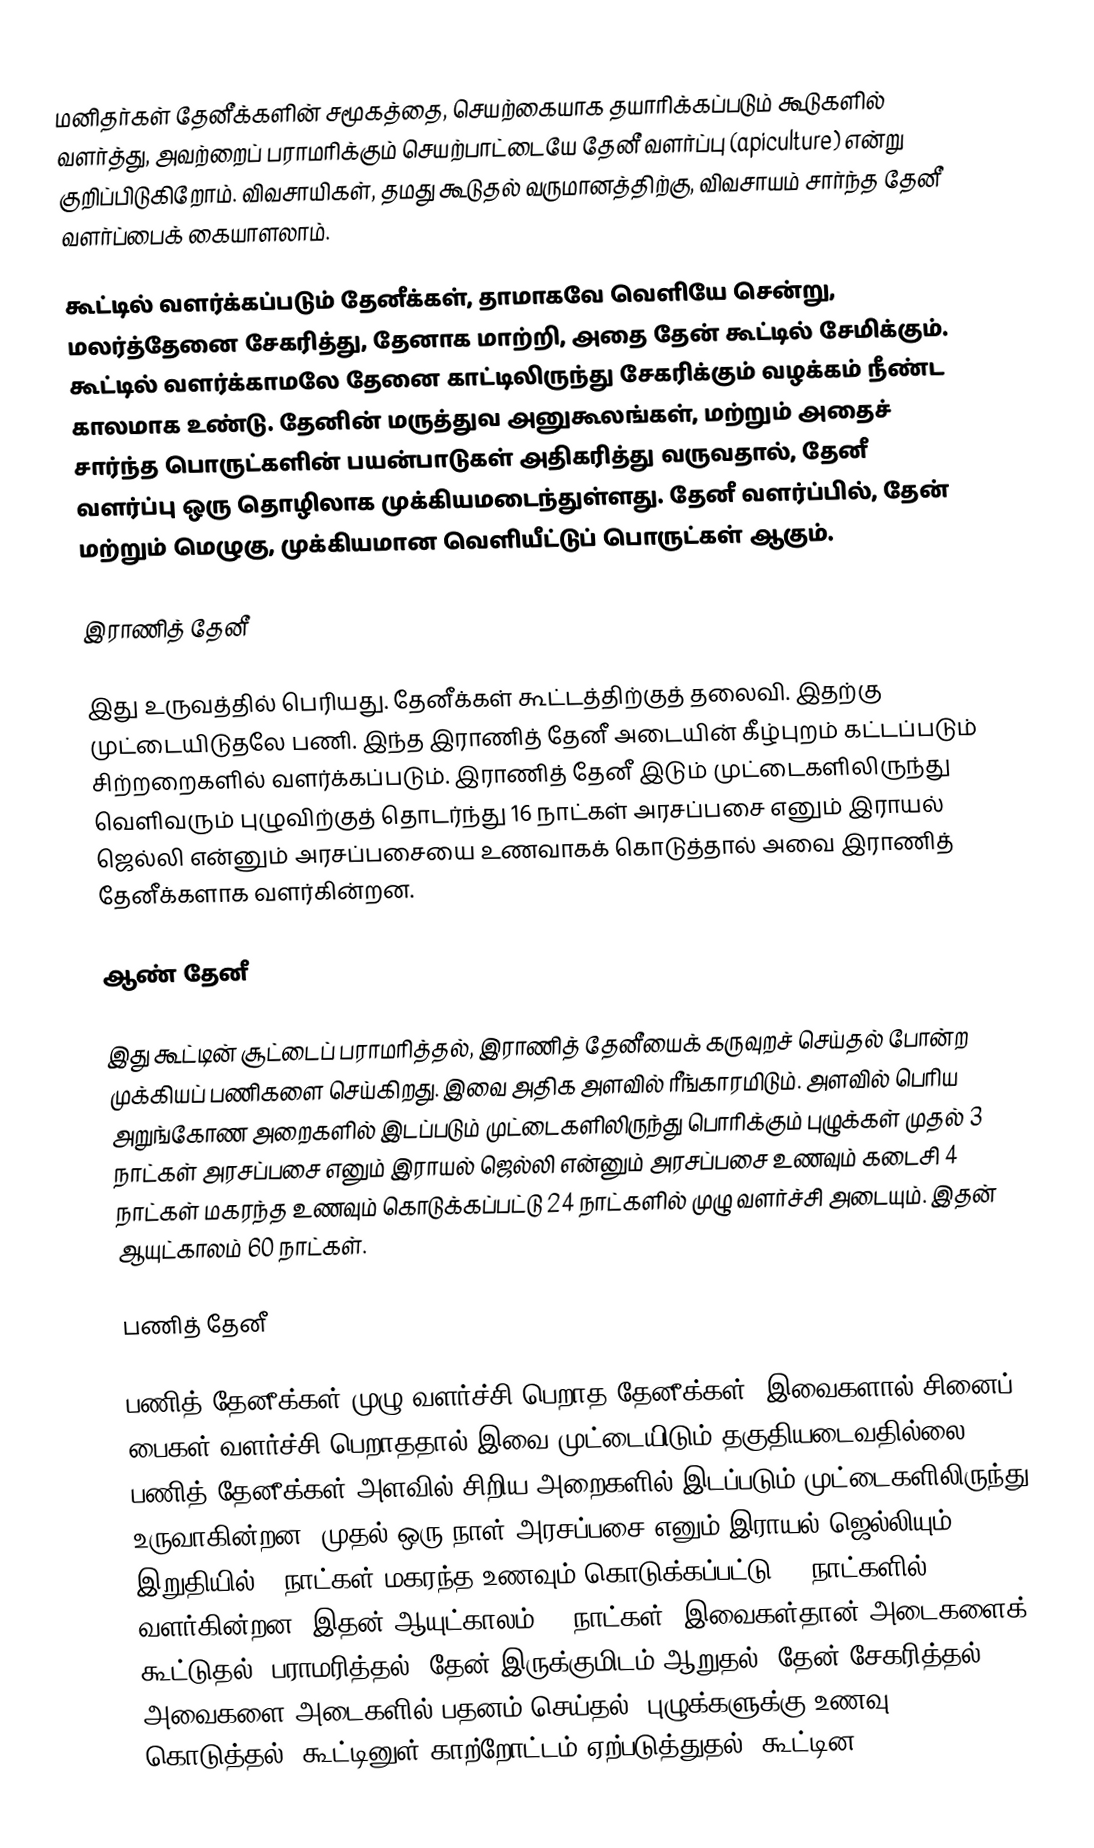
மனிதர்கள் தேனீக்களின் சமூகத்தை, செயற்கையாக தயாரிக்கப்படும் கூடுகளில் வளர்த்து, அவற்றைப் பராமரிக்கும் செயற்பாட்டையே தேனீ வளர்ப்பு (apiculture) என்று குறிப்பிடுகிறோம். விவசாயிகள், தமது கூடுதல் வருமானத்திற்கு, விவசாயம் சார்ந்த தேனீ வளர்ப்பைக் கையாளலாம்.

கூட்டில் வளர்க்கப்படும் தேனீக்கள், தாமாகவே வெளியே சென்று, மலர்த்தேனை சேகரித்து, தேனாக மாற்றி, அதை தேன் கூட்டில் சேமிக்கும். கூட்டில் வளர்க்காமலே தேனை காட்டிலிருந்து சேகரிக்கும் வழக்கம் நீண்ட காலமாக உண்டு. தேனின் மருத்துவ அனுகூலங்கள், மற்றும் அதைச் சார்ந்த பொருட்களின் பயன்பாடுகள் அதிகரித்து வருவதால், தேனீ வளர்ப்பு ஒரு தொழிலாக முக்கியமடைந்துள்ளது. தேனீ வளர்ப்பில், தேன் மற்றும் மெழுகு, முக்கியமான வெளியீட்டுப் பொருட்கள் ஆகும்.

இராணித் தேனீ

இது உருவத்தில் பெரியது. தேனீக்கள் கூட்டத்திற்குத் தலைவி. இதற்கு முட்டையிடுதலே பணி. இந்த இராணித் தேனீ அடையின் கீழ்புறம் கட்டப்படும் சிற்றறைகளில் வளர்க்கப்படும். இராணித் தேனீ இடும் முட்டைகளிலிருந்து வெளிவரும் புழுவிற்குத் தொடர்ந்து 16 நாட்கள் அரசப்பசை எனும் இராயல் ஜெல்லி என்னும் அரசப்பசையை உணவாகக் கொடுத்தால் அவை இராணித் தேனீக்களாக வளர்கின்றன.

ஆண் தேனீ

இது கூட்டின் சூட்டைப் பராமரித்தல், இராணித் தேனீயைக் கருவுறச் செய்தல் போன்ற முக்கியப் பணிகளை செய்கிறது. இவை அதிக அளவில் ரீங்காரமிடும். அளவில் பெரிய அறுங்கோண அறைகளில் இடப்படும் முட்டைகளிலிருந்து பொரிக்கும் புழுக்கள் முதல் 3 நாட்கள் அரசப்பசை எனும் இராயல் ஜெல்லி என்னும் அரசப்பசை உணவும் கடைசி 4 நாட்கள் மகரந்த உணவும் கொடுக்கப்பட்டு 24 நாட்களில் முழு வளர்ச்சி அடையும். இதன் ஆயுட்காலம் 60 நாட்கள்.

பணித் தேனீ

பணித் தேனீக்கள் முழு வளர்ச்சி பெறாத தேனீக்கள். இவைகளால் சினைப் பைகள் வளர்ச்சி பெறாததால் இவை முட்டையிடும் தகுதியடைவதில்லை. பணித் தேனீக்கள் அளவில் சிறிய அறைகளில் இடப்படும் முட்டைகளிலிருந்து உருவாகின்றன. முதல் ஒரு நாள் அரசப்பசை எனும் இராயல் ஜெல்லியும், இறுதியில் 3 நாட்கள் மகரந்த உணவும் கொடுக்கப்பட்டு 21 நாட்களில் வளர்கின்றன. இதன் ஆயுட்காலம் 42 நாட்கள். இவைகள்தான் அடைகளைக் கூட்டுதல், பராமரித்தல், தேன் இருக்குமிடம் ஆறுதல், தேன் சேகரித்தல் அவைகளை அடைகளில் பதனம் செய்தல், புழுக்களுக்கு உணவு கொடுத்தல், கூட்டினுள் காற்றோட்டம் ஏற்படுத்துதல், கூட்டின